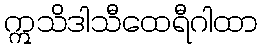
ဣသိဒါသီထေရီဂါထာ